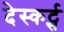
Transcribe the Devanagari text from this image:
देस्कर्ट्स